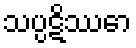
သပ္ပဋိဿော